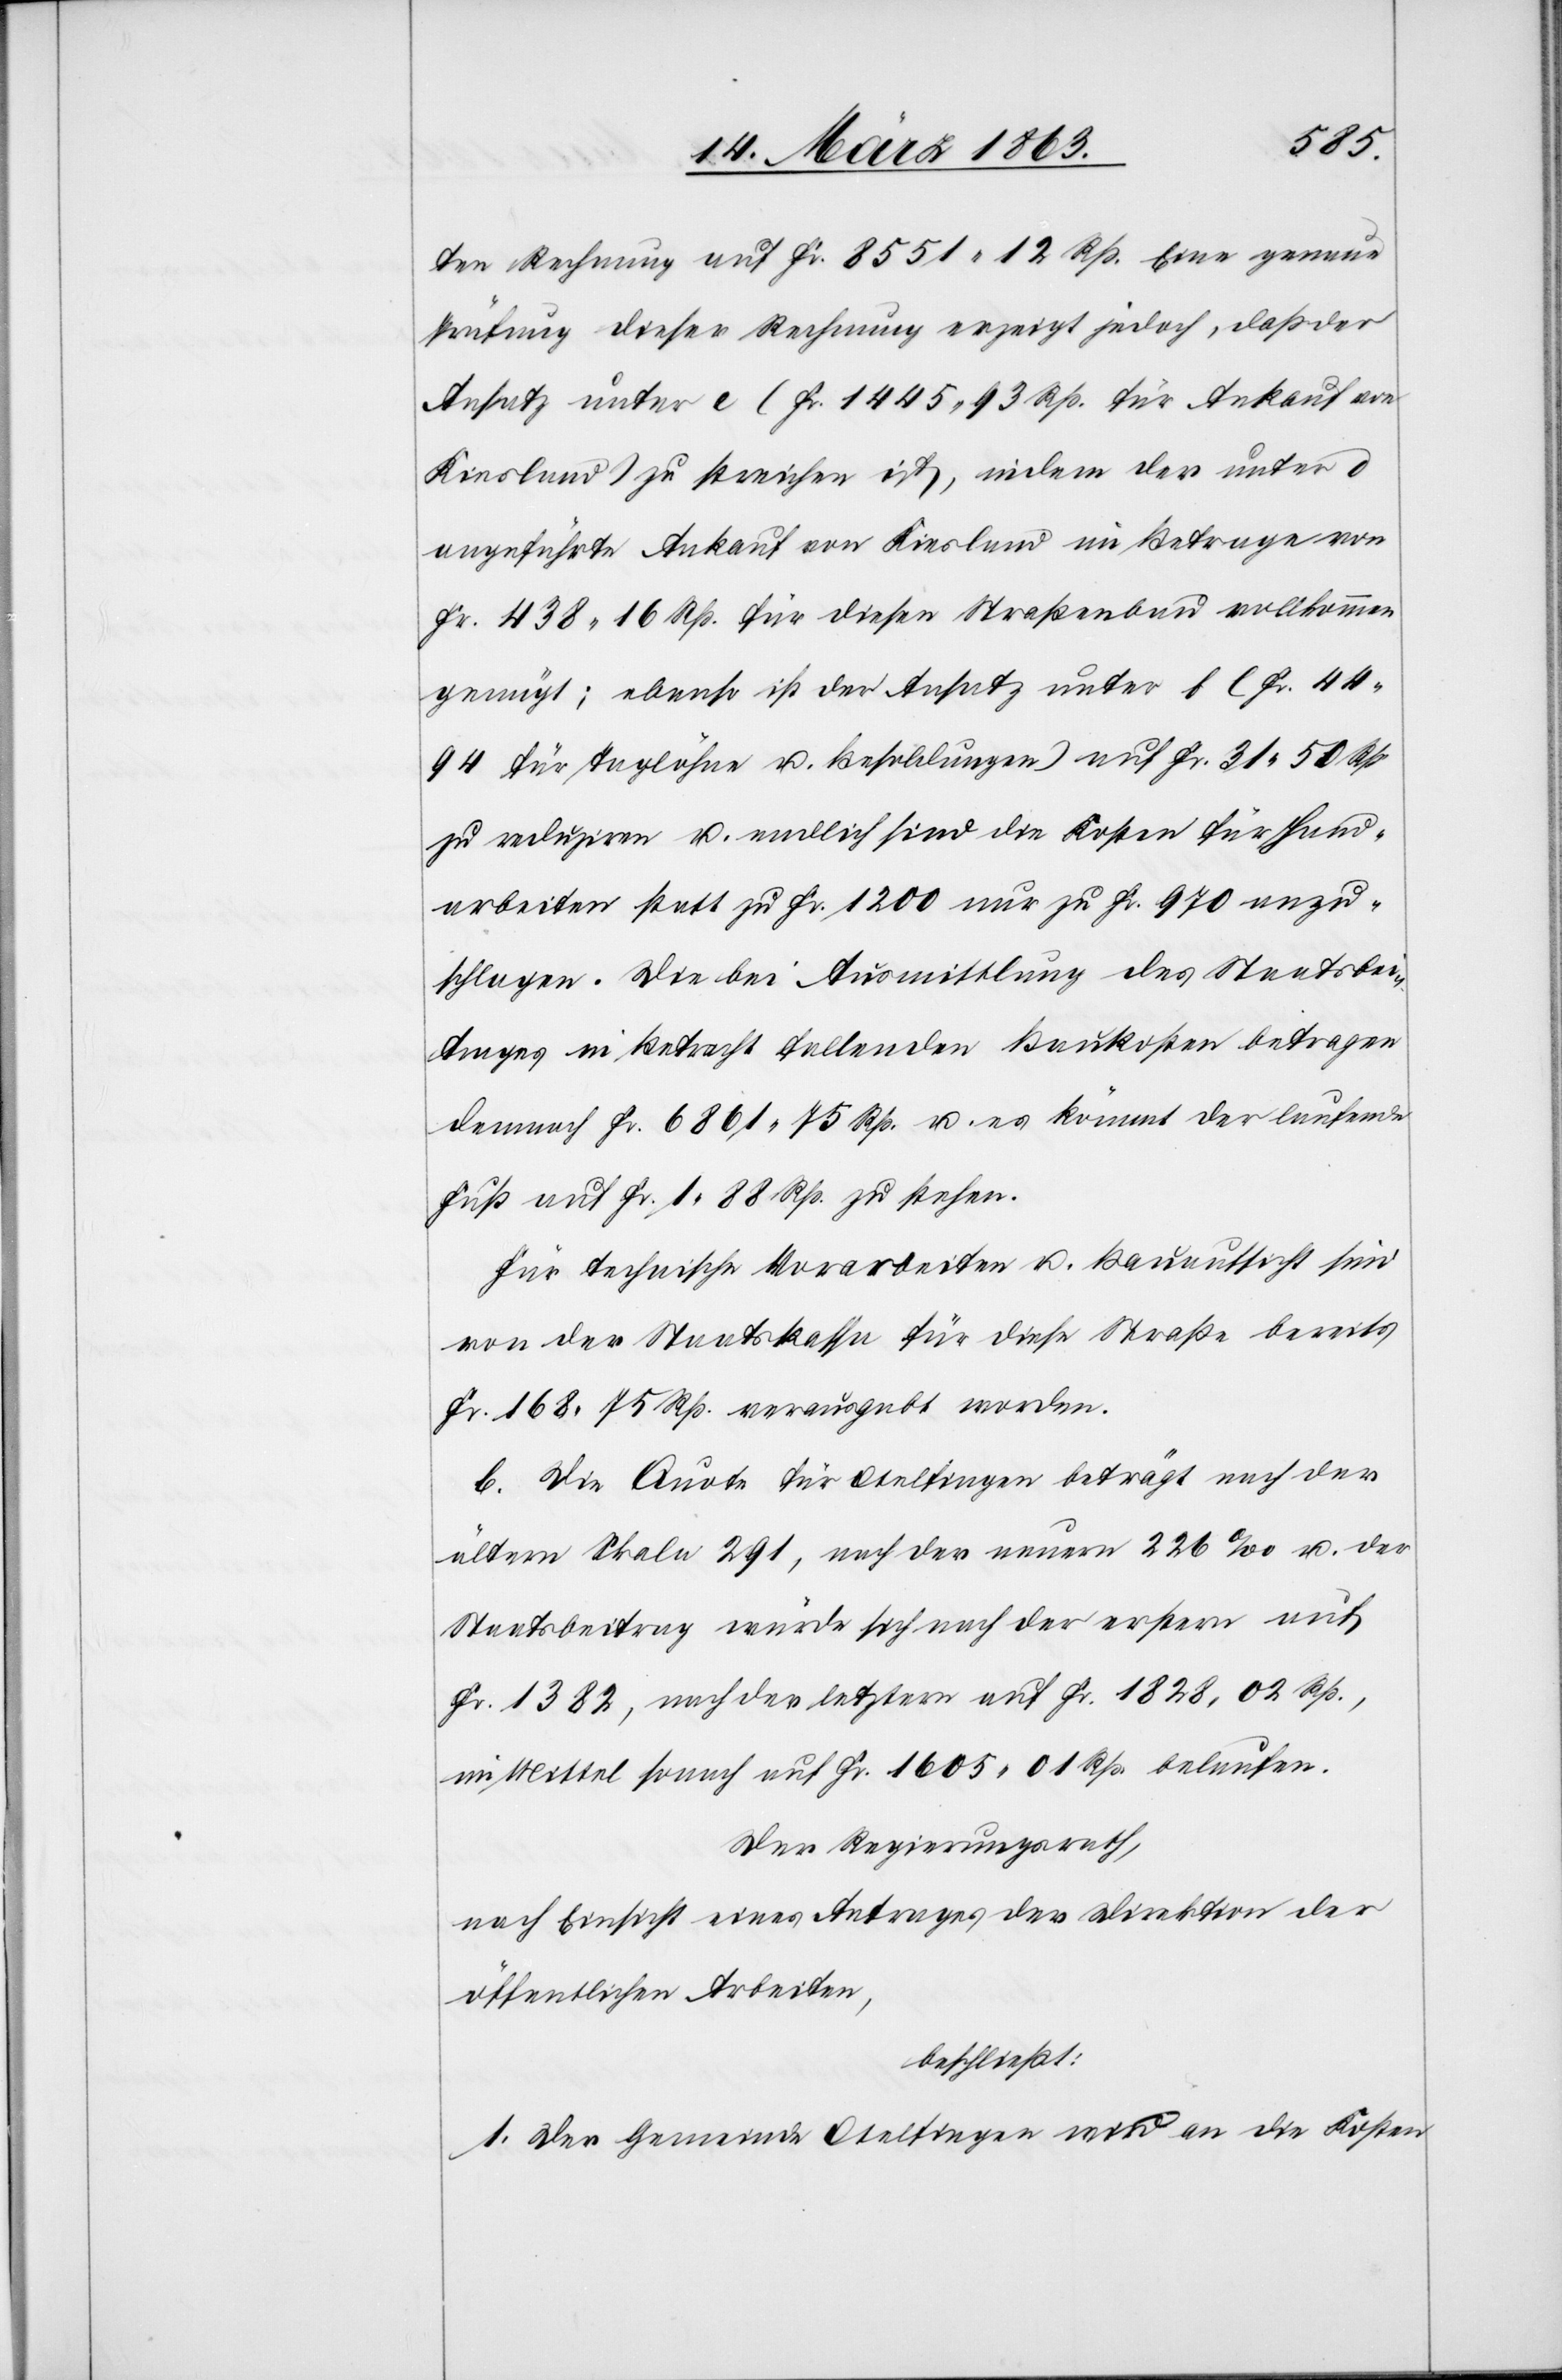
ten Rechnung auf Fr. 8551. 12 Rp. Eine genaue
Prüfung dieser Rechnung erzeigt jedoch, daß der
Ansatz unter e (Fr. 1445. 93 Rp. für Ankauf von
Kiesland) zu streichen ist, indem der unter d
angeführte Ankauf von Kiesland im Betrage von
Fr. 438. 16 Rp. für diesen Straßenbau vollkommen
genügt; ebenso ist der Ansatz unter f (Fr. 44.
94 für Taglöhne u. Besoldungen) auf Fr. 31. 50 Rp.
zu reduziren u. endlich sind die Kosten für Hand¬
arbeiten statt zu Fr. 1200 nur zu Fr. 970 anzu¬
schlagen. Die bei Ausmittlung des Staatsbei¬
trages in Betracht fallenden Baukosten betragen
demnach Fr. 6861. 75 Rp. u. es kömmt der laufende
Fuß auf Fr. 1. 88 Rp. zu stehen.
Für technische Vorarbeiten u. Bauaufsicht sind
von der Staatskassa für diese Straße bereits
Fr. 168. 75 Rp. verausgabt worden.
b. Die Quote für Otelfingen beträgt nach der
ältern Skala 291, nach der neuern 226‰ u. der
Staatsbetrag würde sich nach der erstern auf
Fr. 1382, nach der letztern auf Fr. 1828. 02 Rp.,
im Mittel sonach auf Fr. 1605. 01 Rp. belaufen.
Der Regierungsrath,
nach Einsicht eines Antrages der Direktion der
öffentlichen Arbeiten,
beschließt:
1. Der Gemeinde Otelfingen wird an die Kosten